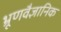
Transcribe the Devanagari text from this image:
भ्रूणवैज्ञानिक